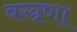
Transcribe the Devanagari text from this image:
बखणा